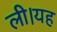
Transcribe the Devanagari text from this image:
ली।यह